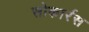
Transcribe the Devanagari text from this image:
सोकार्रस